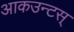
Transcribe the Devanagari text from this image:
आकउन्टस्